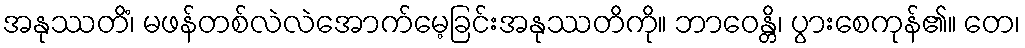
အနုဿတိံ၊ မဖန်တစ်လဲလဲအောက်မေ့ခြင်းအနုဿတိကို။ ဘာဝေန္တိ၊ ပွားစေကုန်၏။ တေ၊